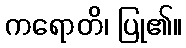
ကရောတိ၊ ပြု၏။